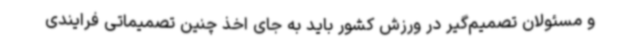
و مسئولان تصمیم‌گیر در ورزش کشور باید به جای اخذ چنین تصمیماتی فرایندی